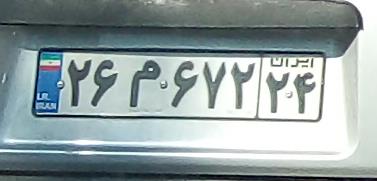
۲۶م۶۷۲۲۴